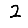
Digit: 2